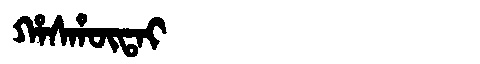
Manchu: ᡥᠠᠰᡥᡡᡨᠠᡳ
Romanization: HASHŪTAI